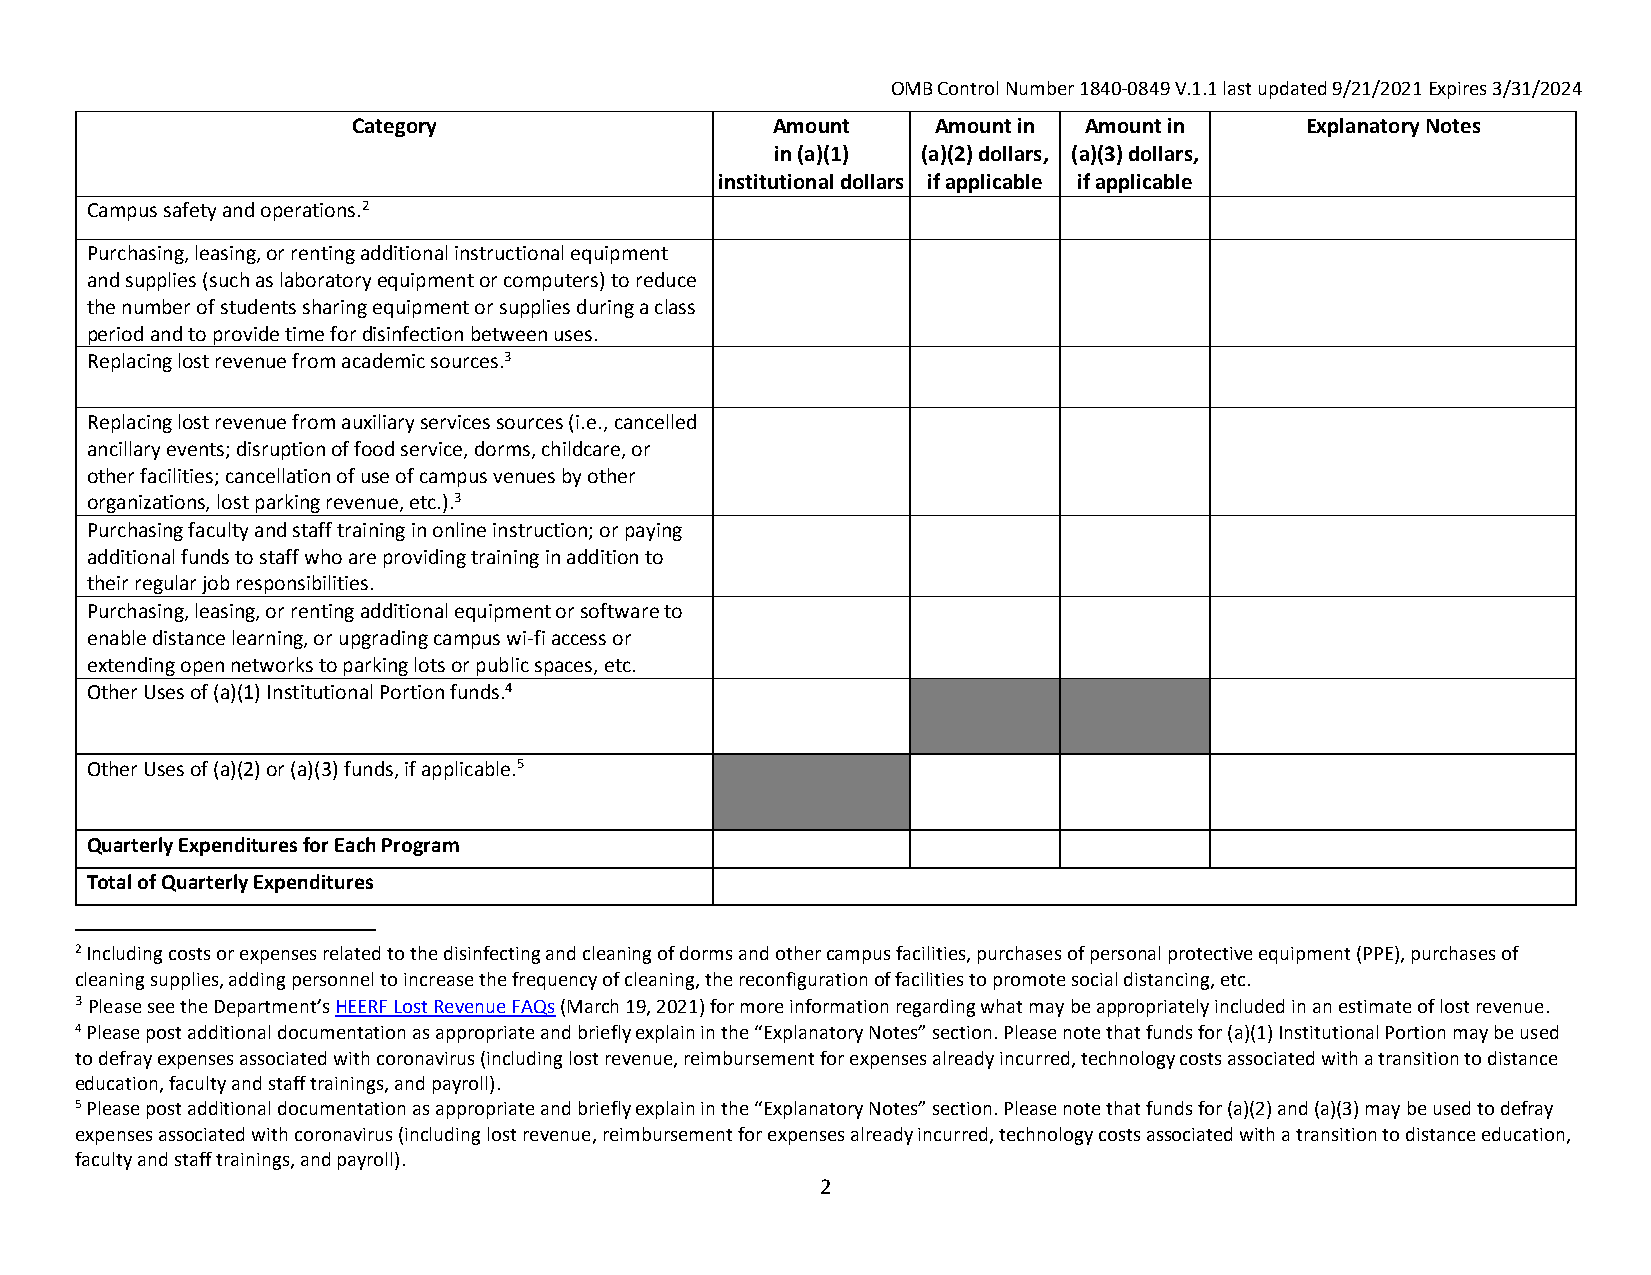
OMB Control Number 1840‐0849 V.1.1 last updated 9/21/2021 Expires 3/31/2024
 Category                    Amount     Amount in Amount in     Explanatory Notes
 in (a)(1) (a)(2) dollars, (a)(3) dollars,
 institutional dollars if applicable if applicable
 Campus safety and operations.2
 Purchasing, leasing, or renting additional instructional equipment
 and supplies (such as laboratory equipment or computers) to reduce
 the number of students sharing equipment or supplies during a class
 period and to provide time for disinfection between uses.
 Replacing lost revenue from academic sources.3
 Replacing lost revenue from auxiliary services sources(i.e.,cancelled
 ancillary events; disruption of food service, dorms, childcare, or
 other facilities; cancellation of use of campus venues by other
 organizations, lost parking revenue, etc.).3
 Purchasing faculty and staff training in online instruction; or paying
 additional funds to staff who are providing training in addition to
 their regular job responsibilities.
 Purchasing, leasing, or renting additional equipment or software to
 enable distance learning, or upgrading campus wi‐fi access or
 extending open networks to parking lots or public spaces, etc.
 Other Uses of (a)(1) Institutional Portion funds.4
 Other Uses of (a)(2) or (a)(3) funds, if applicable.5
 Quarterly Expenditures for Each Program
 Total of Quarterly Expenditures
 2 Including costs or expenses related to the disinfecting and cleaning of dorms and other campus facilities, purchases of personal protective equipment (PPE), purchases of
 cleaning supplies, adding personnel to increase the frequency of cleaning, the reconfiguration of facilities to promote social distancing, etc.
 3 Please see the Department’s HEERF Lost Revenue FAQs (March 19, 2021) for more information regarding what may be appropriately included in an estimate of lost revenue.
 4 Please post additional documentation as appropriate and briefly explain in the “Explanatory Notes” section. Please note that funds for (a)(1) Institutional Portion may be used
 to defray expenses associated with coronavirus (including lost revenue, reimbursement for expenses already incurred, technology costs associated with a transition to distance
 education, faculty and staff trainings, and payroll).
 5 Please post additional documentation as appropriate and briefly explain in the “Explanatory Notes” section. Please note that funds for (a)(2) and (a)(3) may be used to defray
 expenses associated with coronavirus (including lost revenue, reimbursement for expenses already incurred, technology costs associated with a transition to distance education,
 faculty and staff trainings, and payroll).
 2